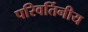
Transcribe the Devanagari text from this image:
परिवर्तिनीय